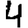
Digit: 4